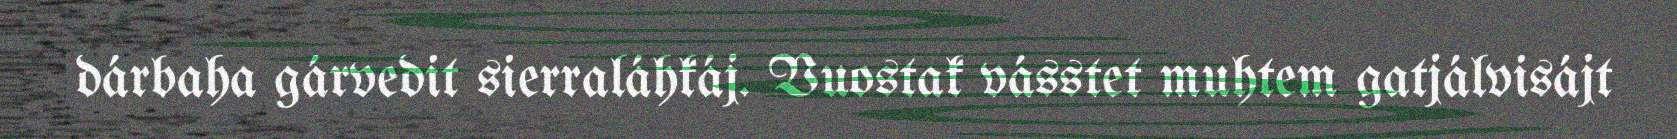
dárbaha gárvedit sierraláhkáj. Vuostak vásstet muhtem gatjálvisájt